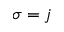
\sigma = j